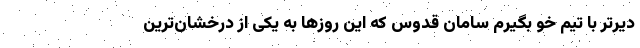
دیرتر با تیم خو بگیرم سامان قدوس که این روزها به یکی از درخشان‌ترین